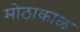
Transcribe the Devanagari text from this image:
मोठाकाळ